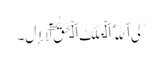
ٰلَی ٱللَّهُ ٱلۡمَلِکُ ٱلۡحَقُّ‌ۖ لَآ إِلَ۔